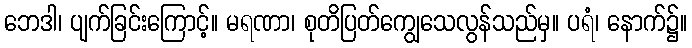
ဘေဒါ၊ ပျက်ခြင်းကြောင့်။ မရဏာ၊ စုတိပြတ်ကျွေသေလွန်သည်မှ။ ပရံ၊ နောက်၌။